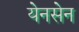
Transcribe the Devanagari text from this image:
येनसेन